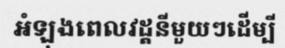
អំឡុងពេលវដ្តនីមួយៗដើម្បី